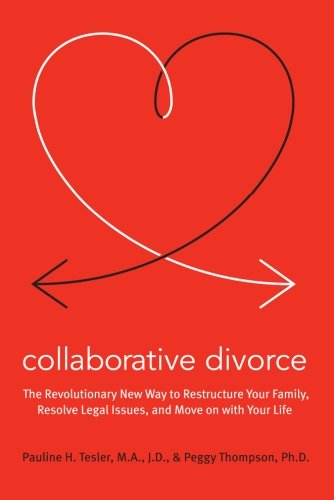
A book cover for Collaborative Divorce: The Revolutionary New Way to Restructure Your Family, Resolve Legal Issues, and Move on with Your Life; Pauline H. Tesler; Law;